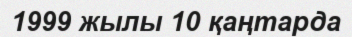
1999 жылы 10 қаңтарда